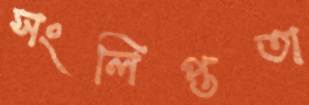
সংলিপ্ততা